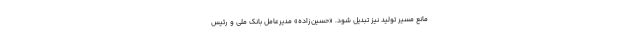
مانع مسیر تولید نیز تبدیل شود. «حسین‌زاده» مدیرعامل بانک ملی و رئیس